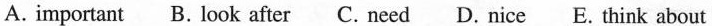
A. important B. Look after C. Need D. Nice E. Think about